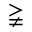
\gneqq